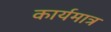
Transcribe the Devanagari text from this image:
कार्यमात्र